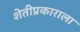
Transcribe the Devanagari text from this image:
शेतीप्रकाराला